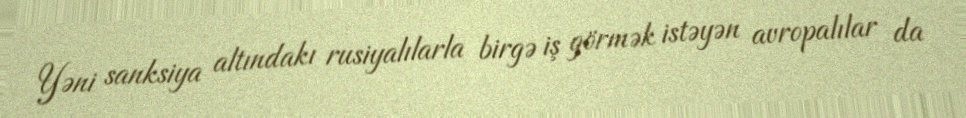
Yəni sanksiya altındakı rusiyalılarla birgə iş görmək istəyən avropalılar da